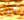
كانوا